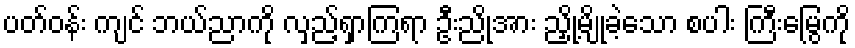
ပတ်ဝန်း ကျင် ဘယ်ညာကို လှည့်ရှာကြရာ ဦးညိုအား ညှို့မျိုခဲ့သော စပါး ကြီးမြွေကို